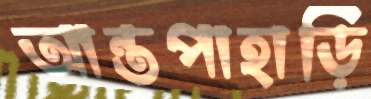
আন্তপাহাড়ি